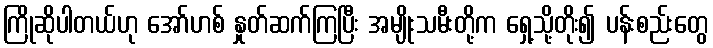
ကြိုဆိုပါတယ်ဟု အော်ဟစ် နှုတ်ဆက်ကြပြီး အမျိုးသမီးတို့က ရှေ့သို့တိုး၍ ပန်းစည်းတွေ